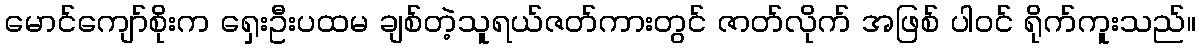
မောင်ကျော်စိုးက ရှေးဦးပထမ ချစ်တဲ့သူရယ်ဇတ်ကားတွင် ဇာတ်လိုက် အဖြစ် ပါဝင် ရိုက်ကူးသည်။